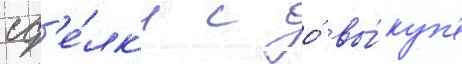
сд'е́лк'и с о́ вы́куп'е